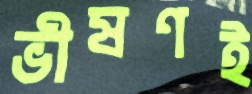
ভীষণই